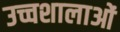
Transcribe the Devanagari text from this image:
उच्चशालाओं